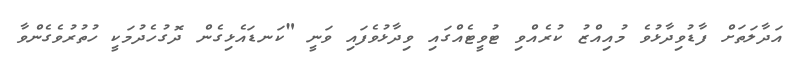
އަދާލަތަށް ފާޑުވިދާޅުވެ މުއިއްޒު ކުރެއްވި ޓުވީޓެއްގައި ވިދާޅުވެފައި ވަނީ "ކަނޑައެޅިގެން ދޮގުހެދުމަކީ ހުތުރުވެގެންވާ